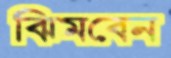
ঝিমবেন